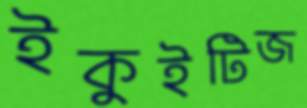
ইকুইটিজ